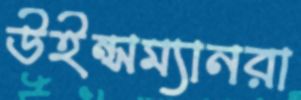
উইন্সম্যানরা